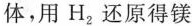
体，用H_{2}还原得镁